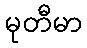
မုတီမာ